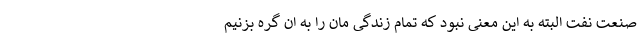
صنعت نفت البته به این معنی نبود که تمام زندگی مان را به ان گره بزنیم